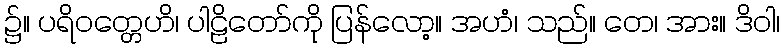
၌။ ပရိဝတ္တေဟိ၊ ပါဠိတော်ကို ပြန်လော့။ အဟံ၊ သည်။ တေ၊ အား။ ဒိဝါ၊